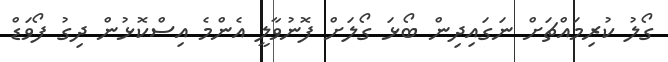
ގޯލު ކުރިމައްޗަށް ނަގައިދިން ބޯޅަ ގޯލަށް ފޮނުވާލީ އެންމެ އިސްކޮޅުން ދިގު ފޯވަޑް